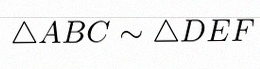
\triangle ABC\sim\triangle DEF